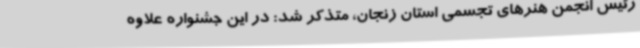
رئیس انجمن هنرهای تجسمی استان زنجان، متذکر شد: در این جشنواره علاوه